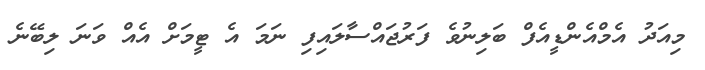
މިއަދު އެމްއެންޑީއެފް ބަލިނުވެ ފަރުޖައްސާލައިފި ނަމަ އެ ޓީމަށް އެއް ވަނަ ލިބޭނެ